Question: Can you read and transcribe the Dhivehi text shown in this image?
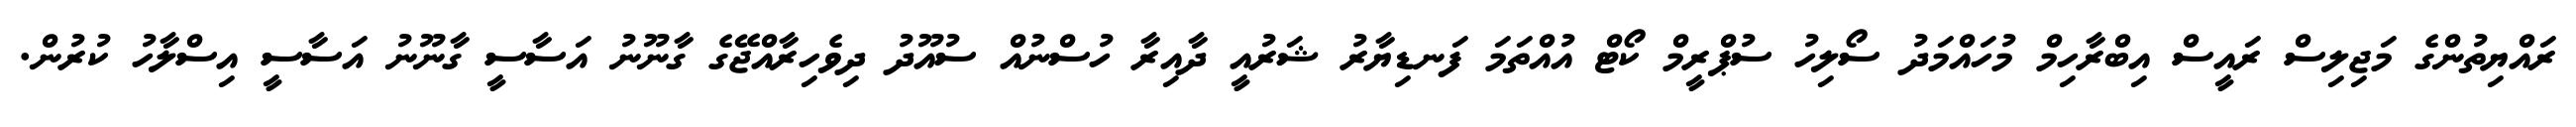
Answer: ރައްޔިތުންގެ މަޖިލިސް ރައީސް އިބްރާހިމް މުހައްމަދު ސޯލިހު ސުޕްރީމް ކޯޓް އުއްތަމަ ފަނޑިޔާރު ޝަރުއީ ދާއިރާ ހުސްނުއް ސުއޫދު ދިވެހިރާއްޖޭގެ ގާނޫނު އަސާސީ ގާނޫނު އަސާސީ އިސްލާހު ކުރުން.